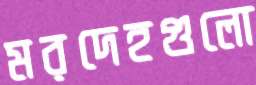
মরদেহগুলো